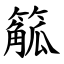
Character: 䉉